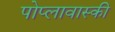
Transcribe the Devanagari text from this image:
पोप्लावास्की